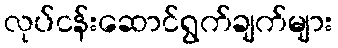
လုပ်ငန်းဆောင်ရွက်ချက်များ